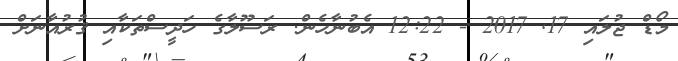
މޯޑް ޖުލައި 17